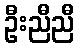
ဦးညီညီ